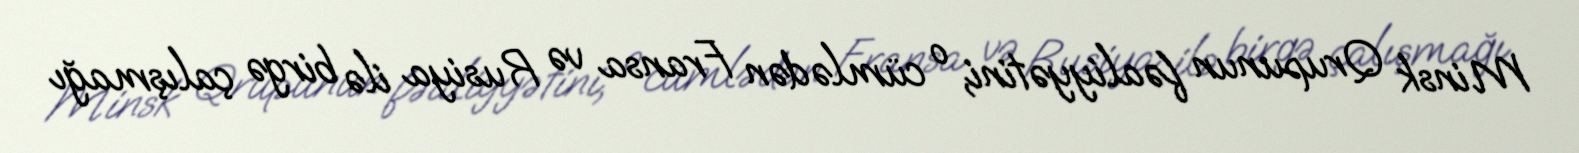
Minsk Qrupunun fəaliyyətini, o cümlədən Fransa və Rusiya ilə birgə çalışmağı